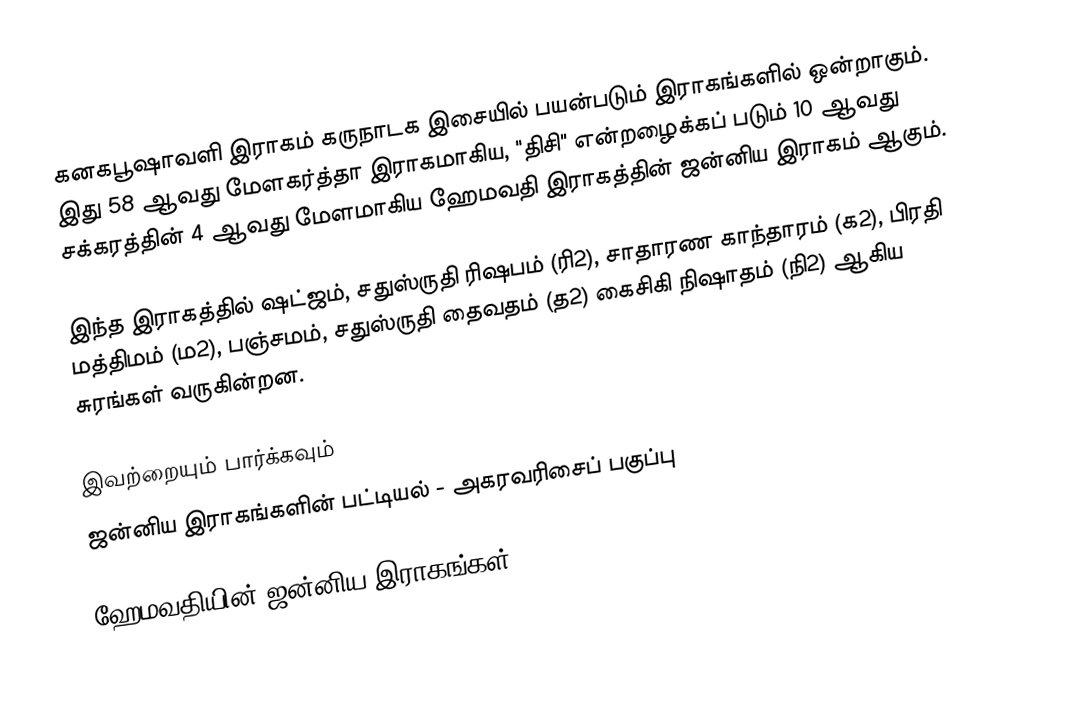
கனகபூஷாவளி இராகம் கருநாடக இசையில் பயன்படும் இராகங்களில் ஒன்றாகும். இது 58 ஆவது மேளகர்த்தா இராகமாகிய, "திசி" என்றழைக்கப் படும் 10 ஆவது சக்கரத்தின் 4 ஆவது மேளமாகிய ஹேமவதி இராகத்தின் ஜன்னிய இராகம் ஆகும்.

இந்த இராகத்தில் ஷட்ஜம், சதுஸ்ருதி ரிஷபம் (ரி2),  சாதாரண காந்தாரம் (க2), பிரதி மத்திமம் (ம2), பஞ்சமம்,  சதுஸ்ருதி தைவதம் (த2) கைசிகி நிஷாதம்  (நி2) ஆகிய சுரங்கள் வருகின்றன.

இவற்றையும் பார்க்கவும்
 ஜன்னிய இராகங்களின் பட்டியல் - அகரவரிசைப் பகுப்பு

ஹேமவதியின் ஜன்னிய இராகங்கள்